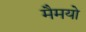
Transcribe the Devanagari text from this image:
मैमयो